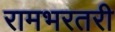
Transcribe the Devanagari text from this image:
रामभरतरी